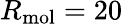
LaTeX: R_{\mathrm{mol}}=20